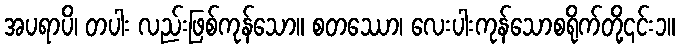
အပရာပိ၊ တပါး လည်းဖြစ်ကုန်သော။ စတဿော၊ လေးပါးကုန်သောစရိုက်တို့၎င်း၁။